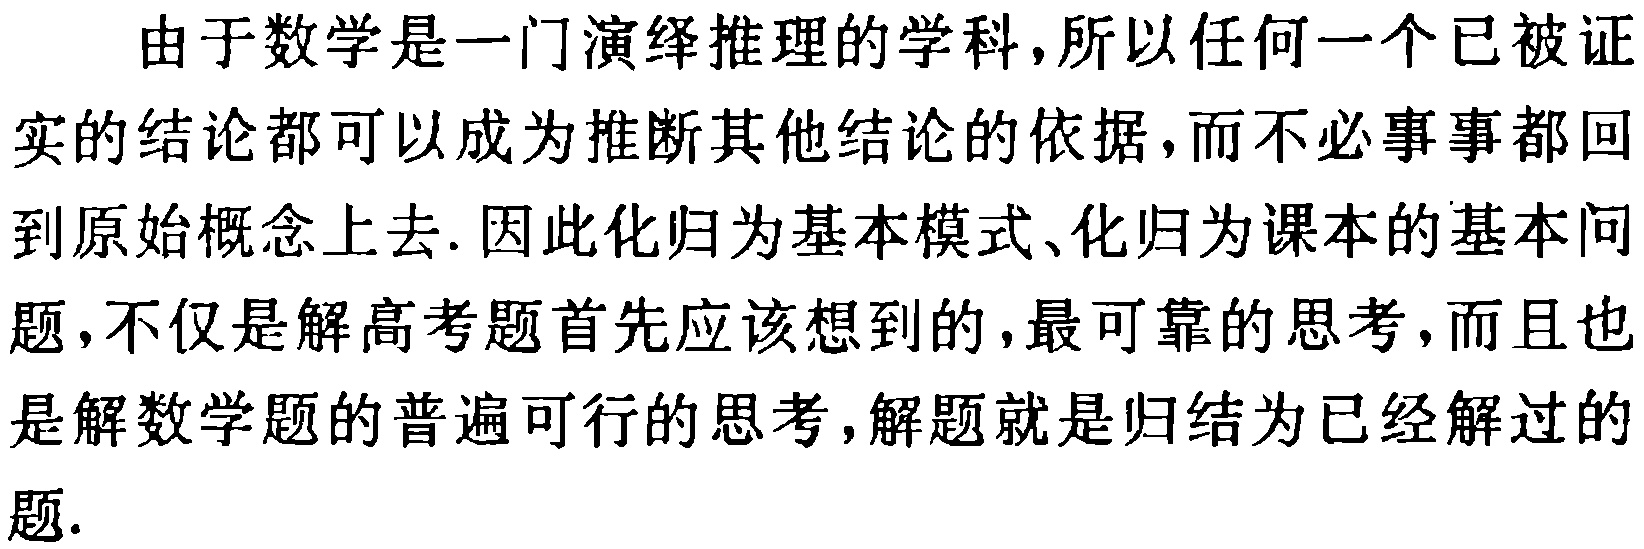
由于数学是一门演绎推理的学科，所以任何一个已被证实的结论都可以成为推断其他结论的依据，而不必事事都回到原始概念上去. 因此化归为基本模式、化归为课本的基本问题，不仅是解高考题首先应该想到的，最可靠的思考，而且也是解数学题的普遍可行的思考，解题就是归结为已经解过的题.